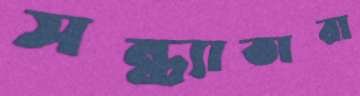
সন্ধ্যাতারা